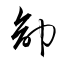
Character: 卻